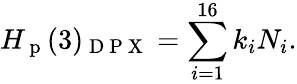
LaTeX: H_{\mathrm{~p~}}(3)_{\mathrm{~D~P~X~}}=\sum_{i=1}^{16}k_{i}N_{i}.